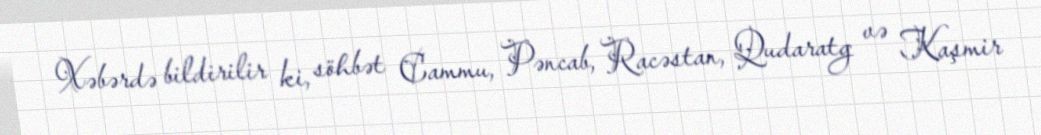
Xəbərdə bildirilir ki, söhbət Cammu, Pəncab, Racəstan, Qudaratg və Kaşmir